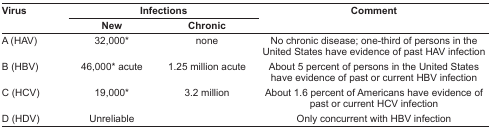
| <ROWSPAN=2> Virus | <COLSPAN=2> Infections | <ROWSPAN=2> Comment |
 | New | Chronic |
 | --- | --- | --- | --- |
 | A (HAV) | 32,000* | none | No chronic disease; one-third of persons in the United States have evidence of past HAV infection |
 | B (HBV) | 46,000* acute | 1.25 million acute | About 5 percent of persons in the United States have evidence of past or current HBV infection |
 | C (HCV) | 19,000* | 3.2 million | About 1.6 percent of Americans have evidence of past or current HCV infection |
 | D (HDV) | Unreliable |  | Only concurrent with HBV infection |